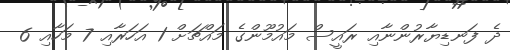
ދެ ފަނޑިޔާރުންނާއި ރައީސް މައުމޫޫންގެ މައްޗަށް 1 އަހަރާއި 7 މަހާއި 6